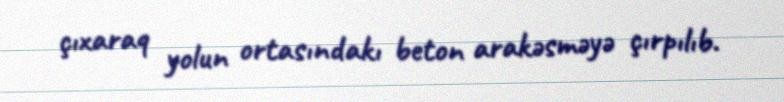
çıxaraq yolun ortasındakı beton arakəsməyə çırpılıb.